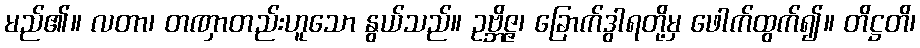
မည်၏။ လတာ၊ တဏှာတည်းဟူသော နွယ်သည်။ ဥဗ္ဘိဇ္ဇ၊ ခြောက်ဒွါရတို့မှ ဖေါက်ထွက်၍။ တိဋ္ဌတိ၊